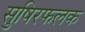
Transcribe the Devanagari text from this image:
सुषिरफलक